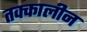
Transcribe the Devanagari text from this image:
तक्कालीन